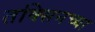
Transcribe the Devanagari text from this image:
तक्सिनच्या